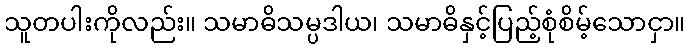
သူတပါးကိုလည်း။ သမာဓိသမ္ပဒါယ၊ သမာဓိနှင့်ပြည့်စုံစိမ့်သောငှာ။